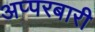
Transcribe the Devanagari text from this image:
अप्परबारी